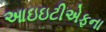
આઇઇટીએફના